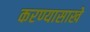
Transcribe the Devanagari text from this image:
करण्यासाखे